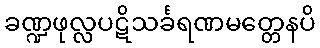
ခဏ္ဍဖုလ္လပဋိသင်္ခရဏမတ္တေနပိ